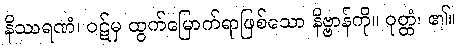
နိဿရဏံ၊ ဝဋ်မှ ထွက်မြောက်ရာဖြစ်သော နိဗ္ဗာန်ကို။ ဝုတ္တံ၊ ၏။